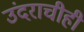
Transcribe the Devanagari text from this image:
उंदराचीही